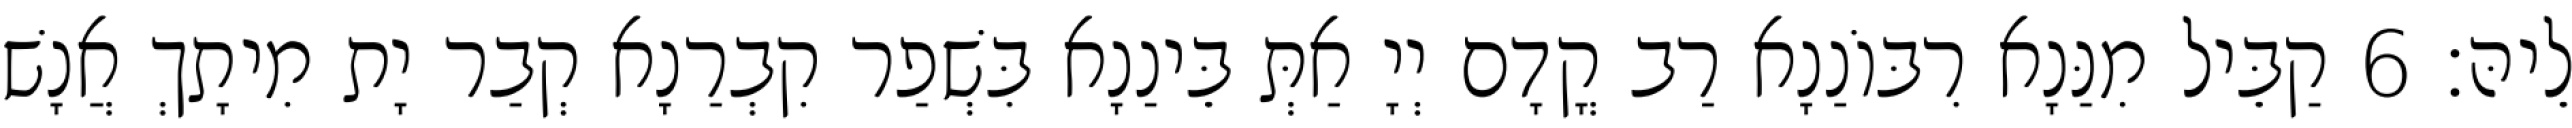
לֵיהּ׃ 6 קַבֵּיל מִנַּנָא רִבּוֹנַנָא רַב קֳדָם יְיָ אַתְּ בֵּינַנָא בִּשְׁפַר קִבְרַנָא קְבַר יָת מִיתָךְ אֲנָשׁ